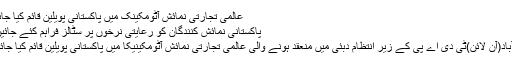
عالمی تجارتی نمائش آٹومکینک میں پاکستانی پویلین قائم کیا جائے گا
پاکستانی نمائش کنندگان کو رعایتی نرخوں پر سٹالز فراہم کئے جائیں گے
اسلام آباد(آن لائن)ٹی دی اے پی کے زیر انتظام دبئی میں منعقد ہونے والی عالمی تجارتی نمائش آٹومکینیکا میں پاکستانی پویلین قائم کیا جائے گا۔